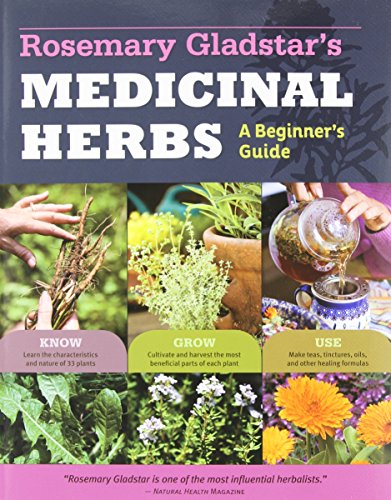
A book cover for Rosemary Gladstar's Medicinal Herbs: A Beginner's Guide; Rosemary Gladstar; Crafts, Hobbies & Home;